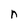
Character: n